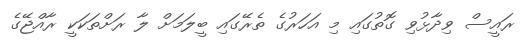
ރައީސް ވިދާޅުވި ގޮތުގައި މި އަހަރުގެ ތެރޭގައި ބީލަމަށް ލާ ރަށްތަކަކީ ރާއްޖޭގެ